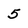
Character: 5